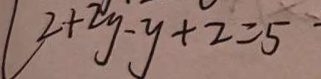
l 2 + 2 y - y + 2 = 5